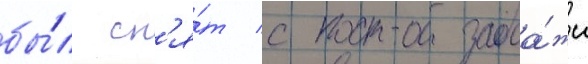
бы́л сн'я́т с прода́жи